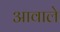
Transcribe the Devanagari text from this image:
आवाले